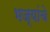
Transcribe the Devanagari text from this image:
भज्यांचे